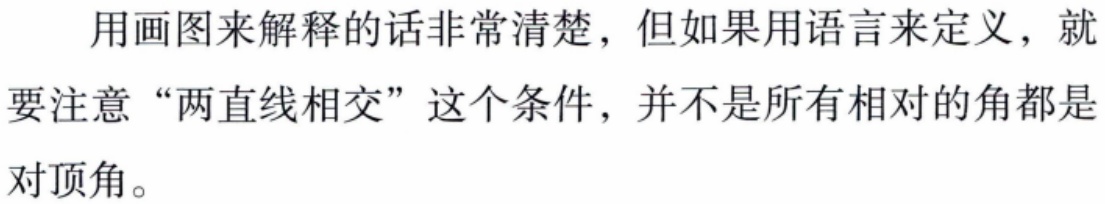
用画图来解释的话非常清楚，但如果用语言来定义，就要注意“两直线相交”这个条件，并不是所有相对的角都是对顶角。